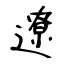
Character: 遼